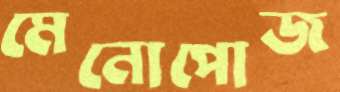
মেনোপোজ